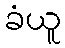
ခံယူ